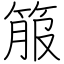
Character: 箙